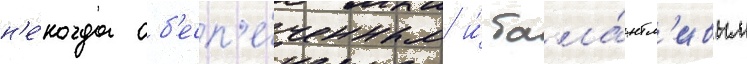
н'е́когда об'есп'е́ченным и́ тала́нтл'ивым